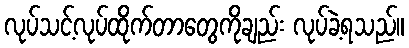
လုပ်သင့်လုပ်ထိုက်တာတွေကိုချည်း လုပ်ခဲ့ရသည်။